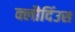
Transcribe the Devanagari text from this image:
क्लौदिंउस